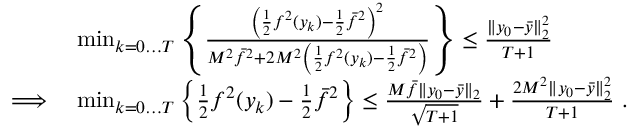
\begin{array} { r l } & { \operatorname* { m i n } _ { k = 0 \dots T } \left\{ \frac { \left( \frac { 1 } { 2 } f ^ { 2 } ( y _ { k } ) - \frac { 1 } { 2 } \bar { f } ^ { 2 } \right) ^ { 2 } } { M ^ { 2 } \bar { f } ^ { 2 } + 2 M ^ { 2 } \left( \frac { 1 } { 2 } f ^ { 2 } ( y _ { k } ) - \frac { 1 } { 2 } \bar { f } ^ { 2 } \right) } \right\} \leq \frac { \| y _ { 0 } - \bar { y } \| _ { 2 } ^ { 2 } } { T + 1 } } \\ { \implies } & { \operatorname* { m i n } _ { k = 0 \dots T } \left\{ \frac { 1 } { 2 } f ^ { 2 } ( y _ { k } ) - \frac { 1 } { 2 } \bar { f } ^ { 2 } \right\} \leq \frac { M \bar { f } \| y _ { 0 } - \bar { y } \| _ { 2 } } { \sqrt { T + 1 } } + \frac { 2 M ^ { 2 } \| y _ { 0 } - \bar { y } \| _ { 2 } ^ { 2 } } { T + 1 } \ . } \end{array}